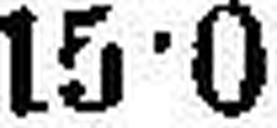
15•0